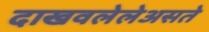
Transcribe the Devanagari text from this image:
दाखवलेलेअसते